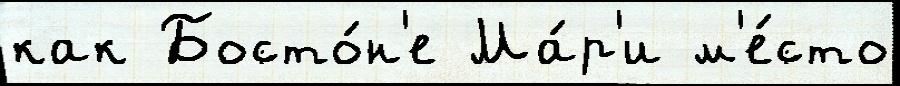
как Босто́н'е Ма́р'и м'е́сто